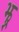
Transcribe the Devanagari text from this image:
झ्र्